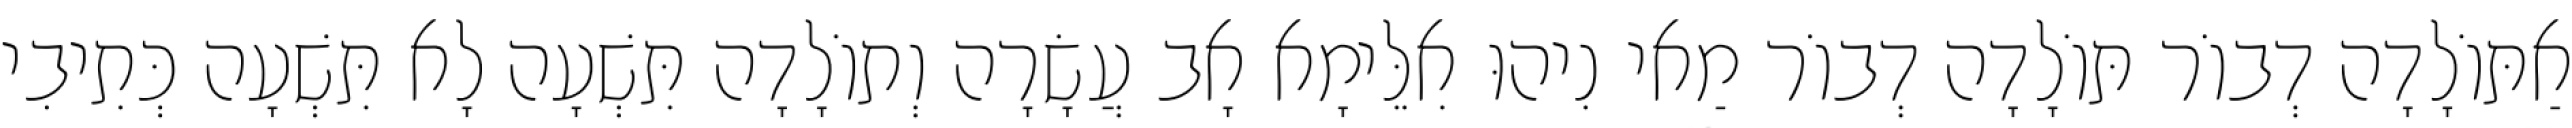
אַתּוֹלָדָה דְבוֹר תּוֹלָדָה דְבוֹר מַאי נִיהוּ אִלֵּימָא אָב עֲשָׂרָה וְתוֹלָדָה תִּשְׁעָה לָא תִּשְׁעָה כְּתִיבִי